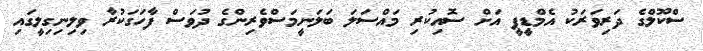
ސްކޫލްގެ ދަރިވަރަކު އެމްޑީޕީ އަށް ސޮއިކުރި މައްސަލަ ބަލަނީމަސްވެރިންގެ ދުވަސް ފާހަގަކުރާ ވިލިނިގިލީގައި